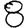
Digit: 8